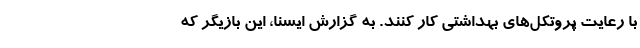
با رعایت پروتکل‌های بهداشتی کار کنند. به گزارش ایسنا، این بازیگر که